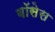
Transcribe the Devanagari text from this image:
बॉसेस